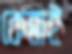
কেন্নাই